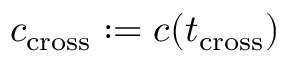
c _ { \mathrm { c r o s s } } : = c ( t _ { \mathrm { c r o s s } } )